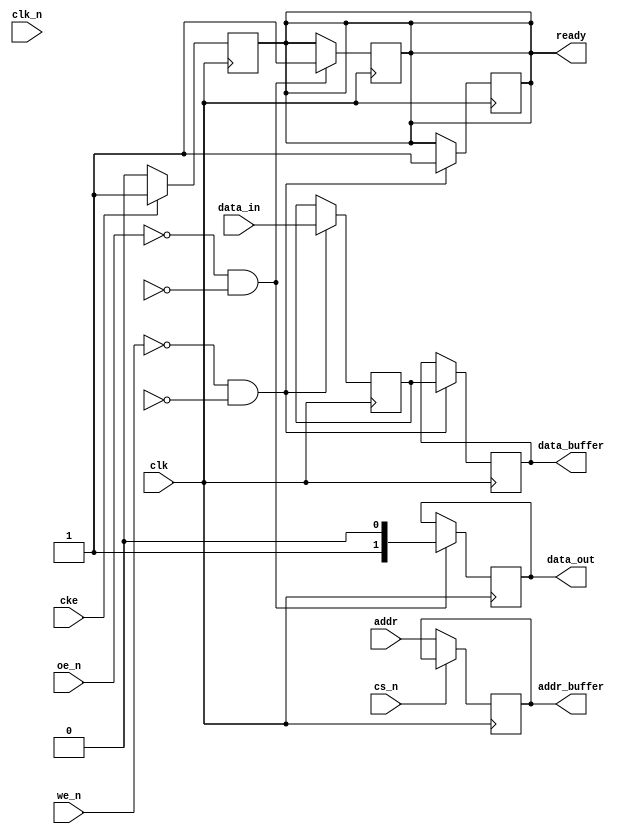
module ddr3_io_block #(
    parameter DATA_WIDTH = 32, // Data bus width
    parameter ADDR_WIDTH = 15   // Address bus width
)(
    input wire clk,             // Clock input
    input wire clk_n,           // Inverted clock input
    input wire cke,             // Clock enable
    input wire [DATA_WIDTH-1:0] data_in, // Data input
    output reg [DATA_WIDTH-1:0] data_out, // Data output
    input wire we_n,            // Write enable (active low)
    input wire oe_n,            // Output enable (active low)
    input wire [ADDR_WIDTH-1:0] addr, // Address input
    input wire cs_n,            // Chip select (active low)
    output reg ready,           // Ready signal
    output reg [DATA_WIDTH-1:0] data_buffer, // Data buffer
    output reg [ADDR_WIDTH-1:0] addr_buffer // Address buffer
);

    // Internal signals
    reg [DATA_WIDTH-1:0] fifo_write_data;
    reg [DATA_WIDTH-1:0] fifo_read_data;
    reg fifo_full;
    reg fifo_empty;

    // Timing parameters (for simulation purposes)
    localparam tRCD = 20; // Example timing parameter
    localparam tCAS = 15;  // Example timing parameter
    localparam tRP = 15;   // Example timing parameter
    localparam tWR = 15;   // Example timing parameter

    // FIFO write logic
    always @(posedge clk) begin
        if (!we_n && !fifo_full) begin
            fifo_write_data <= data_in;
            data_buffer <= fifo_write_data; // Store data in buffer
            ready <= 1'b1; // Indicate ready for next operation
        end
    end

    // FIFO read logic
    always @(posedge clk) begin
        if (!oe_n && !fifo_empty) begin
            data_out <= fifo_read_data; // Output data from FIFO
            ready <= 1'b1; // Indicate ready for next operation
        end
    end

    // Address buffer logic
    always @(posedge clk) begin
        if (!cs_n) begin
            addr_buffer <= addr; // Latch address on chip select
        end
    end

    // Control signal generation
    always @(posedge clk) begin
        if (!cs_n) begin
            // Generate control signals based on address and commands
            // This is a simplified example; actual implementation would be more complex
            if (we_n) begin
                // Write operation
                // Handle timing constraints here
            end else if (oe_n) begin
                // Read operation
                // Handle timing constraints here
            end
        end
    end

    // Power management logic
    always @(posedge clk) begin
        if (!cke) begin
            // Enter low power state
            ready <= 1'b0;
        end else begin
            // Normal operation
            ready <= 1'b1;
        end
    end

    // Error detection and correction (simplified)
    always @(posedge clk) begin
        // Implement EDC mechanisms if required
        // For example, parity checking or ECC
    end

endmodule